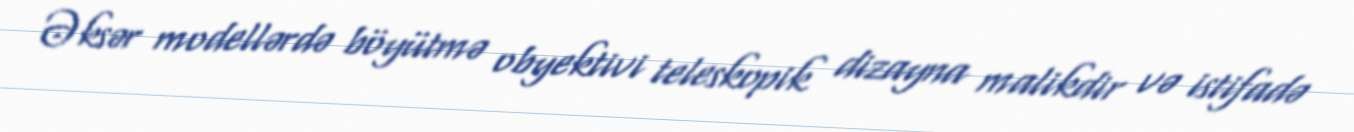
Əksər modellərdə böyütmə obyektivi teleskopik dizayna malikdir və istifadə